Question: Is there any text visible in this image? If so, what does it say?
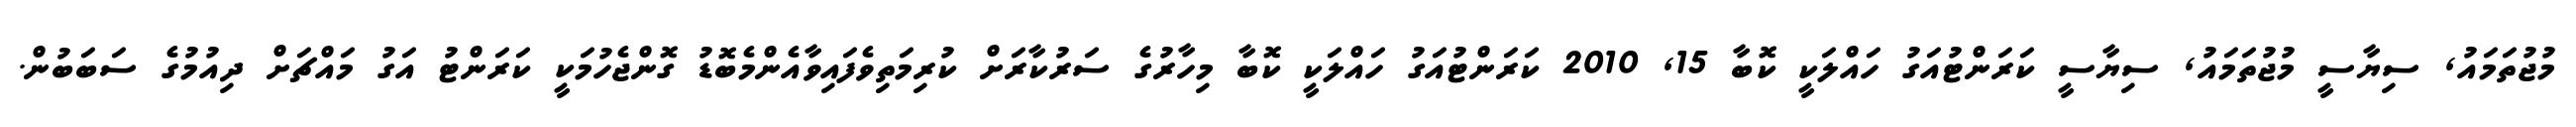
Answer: މުޖުތަމައު, ސިޔާސީ މުޖުތަމައު, ސިޔާސީ ކަރަންޓުއަގު ހައްލަކީ ކޮބާ 15, 2010 ކަރަންޓުއަގު ހައްލަކީ ކޮބާ މިހާރުގެ ސަރުކާރަށް ކުރިމަތިވެފައިވާއެންމެބޮޑު ގޮންޖެހުމަކީ ކަރަންޓު އަގު މައްޗަށް ދިއުމުގެ ސަބަބުން.